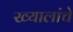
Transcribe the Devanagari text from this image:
ख्यालांचे